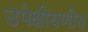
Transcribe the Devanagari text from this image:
उपेक्षीयणीय